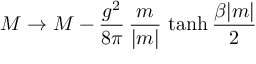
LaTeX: M \rightarrow M - { \frac { g ^ { 2 } } { 8 \pi } } \, { \frac { m } { | m | } } \, \operatorname { t a n h } { \frac { \beta | m | } { 2 } }